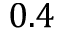
0 . 4